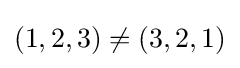
(1,2,3)\neq (3,2,1)